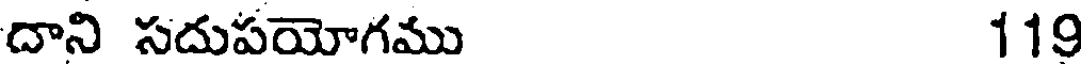
దాని సదుపయోగము 119